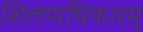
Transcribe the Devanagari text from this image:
शिलप्पधिकारम्‌